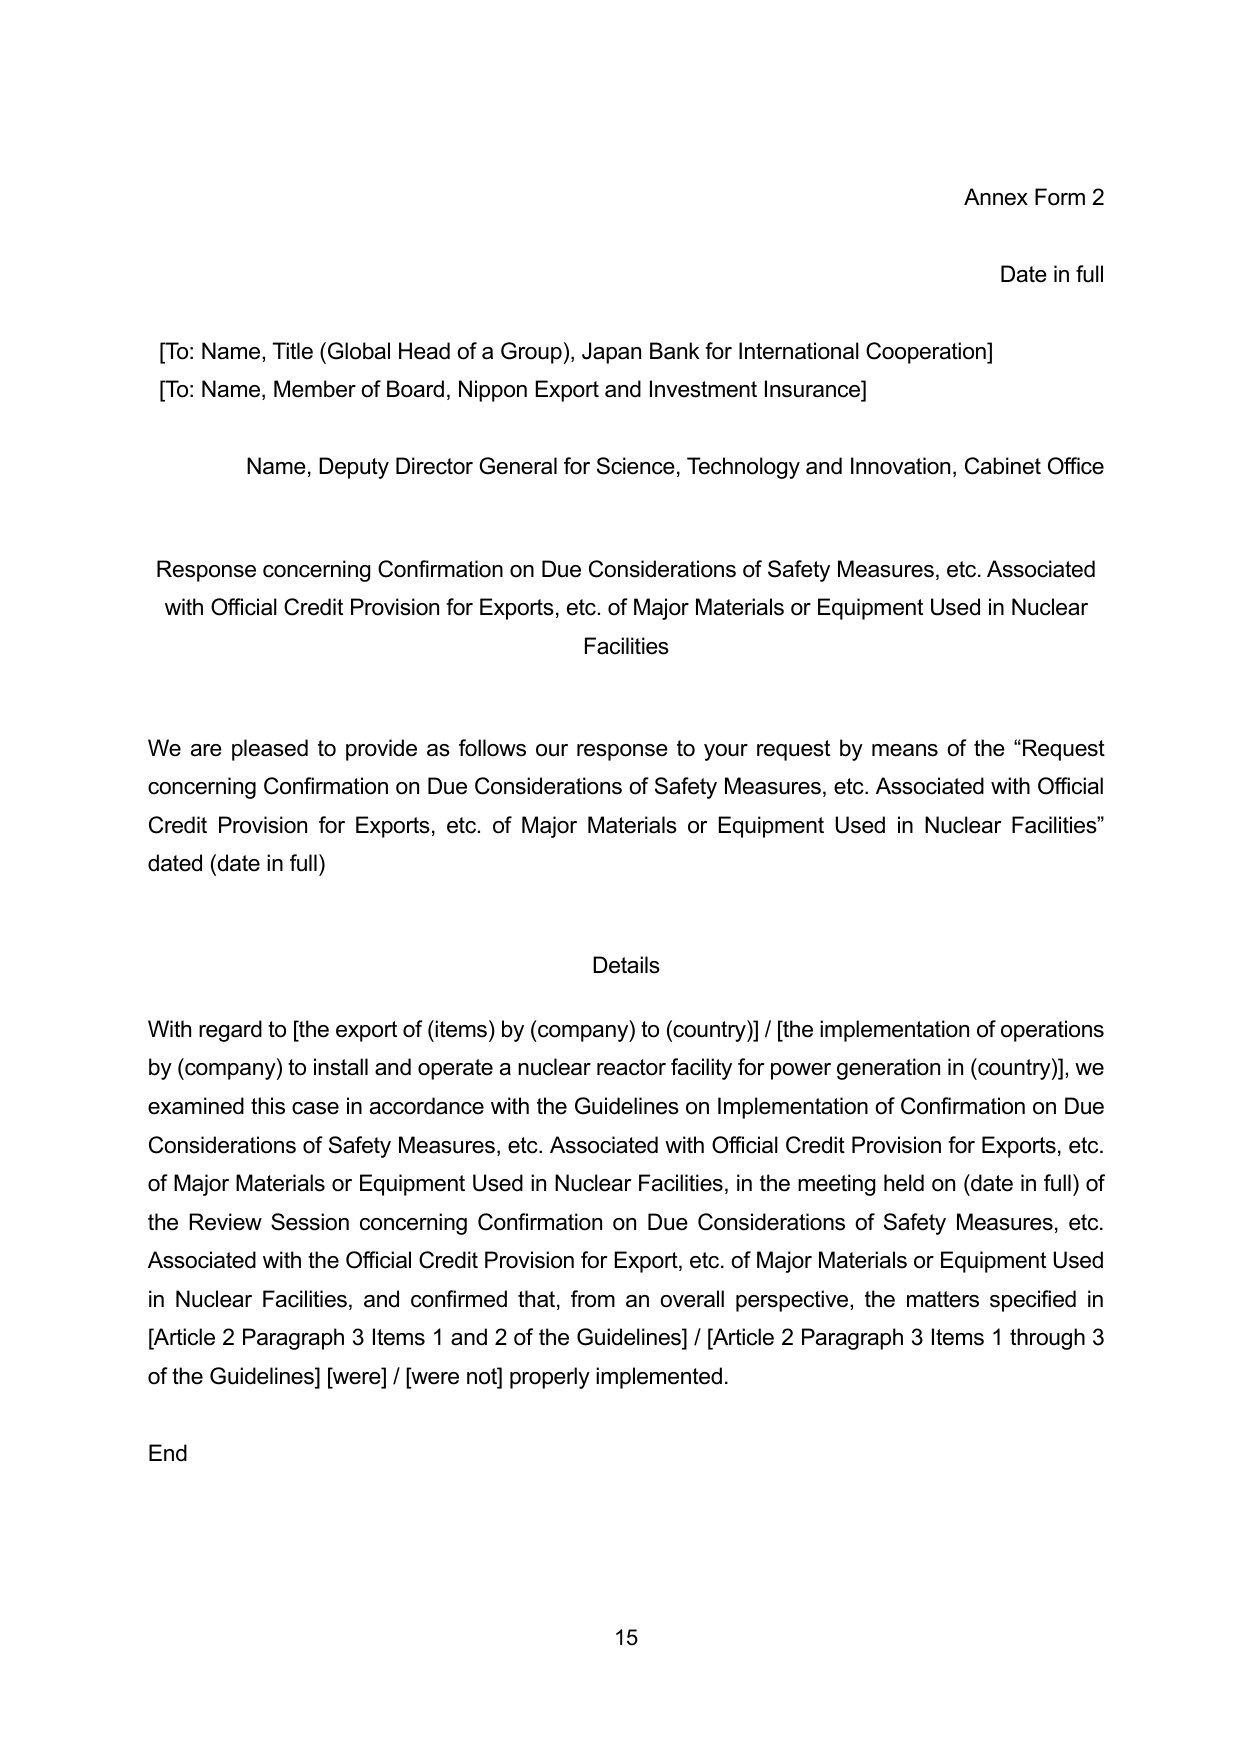
Annex Form 2

Date in full

[To: Name, Title (Global Head of a Group), Japan Bank for International Cooperation]
[To: Name, Member of Board, Nippon Export and Investment Insurance]

Name, Deputy Director General for Science, Technology and Innovation, Cabinet Office

Response concerning Confirmation on Due Considerations of Safety Measures, etc. Associated with Official Credit Provision for Exports, etc. of Major Materials or Equipment Used in Nuclear Facilities

We are pleased to provide as follows our response to your request by means of the “Request concerning Confirmation on Due Considerations of Safety Measures, etc. Associated with Official Credit Provision for Exports, etc. of Major Materials or Equipment Used in Nuclear Facilities” dated (date in full)

Details

With regard to [the export of (items) by (company) to (country)] / [the implementation of operations by (company) to install and operate a nuclear reactor facility for power generation in (country)], we examined this case in accordance with the Guidelines on Implementation of Confirmation on Due Considerations of Safety Measures, etc. Associated with Official Credit Provision for Exports, etc. of Major Materials or Equipment Used in Nuclear Facilities, in the meeting held on (date in full) of the Review Session concerning Confirmation on Due Considerations of Safety Measures, etc. Associated with the Official Credit Provision for Export, etc. of Major Materials or Equipment Used in Nuclear Facilities, and confirmed that, from an overall perspective, the matters specified in [Article 2 Paragraph 3 Items 1 and 2 of the Guidelines] / [Article 2 Paragraph 3 Items 1 through 3 of the Guidelines] [were] / [were not] properly implemented.

End

15